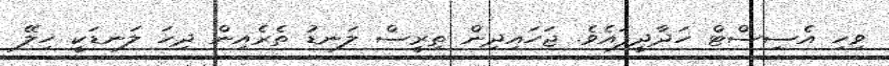
ވިހި އެސިސްޓް ހަދާދީފައެވެ. ޖަހައިދިން ތިރީސް ލަނޑު ތެރެއިން ދިހަ ލަނޑަކީ ހިލޭ